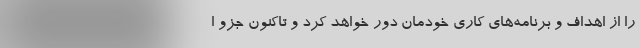
را از اهداف و برنامه‌های کاری خودمان دور خواهد کرد و تاکنون جزو ا